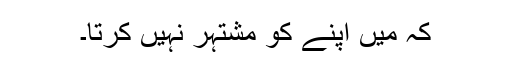
کہ میں اپنے کو مشتہر نہیں کرتا۔